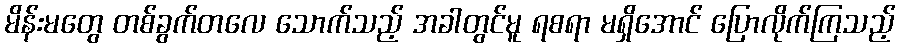
မိန်းမတွေ တစ်ခွက်တလေ သောက်သည့် အခါတွင်မူ ရစရာ မရှိအောင် ပြောလိုက်ကြသည့်